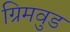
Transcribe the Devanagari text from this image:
ग्रिमवुड